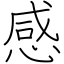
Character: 感